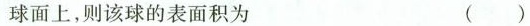
球面上，则该球的表面积为 ()